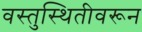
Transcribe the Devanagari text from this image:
वस्तुस्थितीवरून